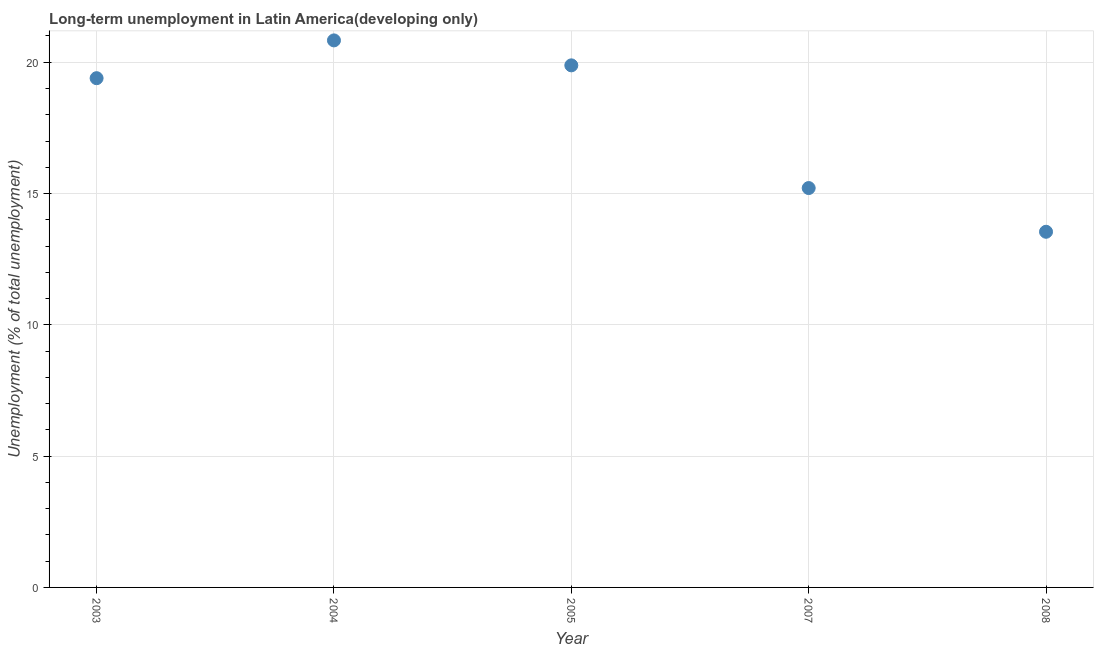
| Year | Long-term unemployment  |
 | --- | --- |
 | 2003 | 19.4 |
 | 2004 | 20.8 |
 | 2005 | 19.9 |
 | 2007 | 15.2 |
 | 2008 | 13.5 |